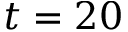
t = 2 0